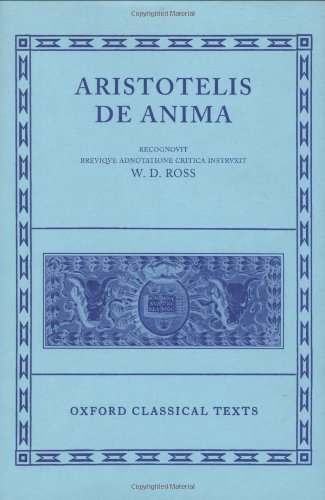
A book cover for De Anima (Oxford Classical Texts) (Ancient Greek Edition); Aristotle; Science & Math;